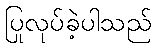
ပြုလုပ်ခဲ့ပါသည်